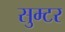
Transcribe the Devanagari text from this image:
सुम्टर